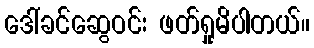
ဒေါ်ခင်ဆွေဝင်း ဖတ်ရှုမိပါတယ်။